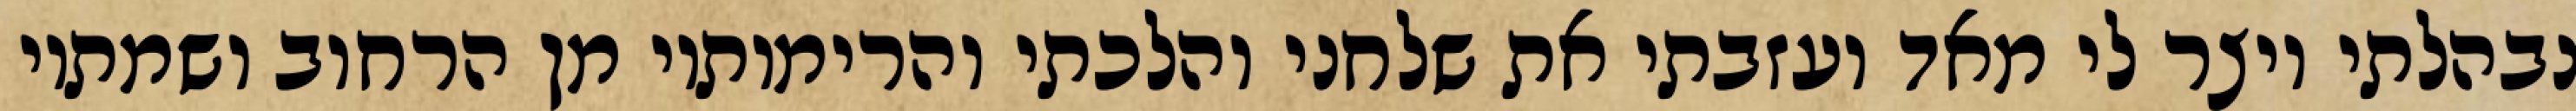
נבהלתי ויצר לי מאד ועזבתי את שלחני והלכתי והרימותיו מן הרחוב ושמתיו